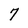
Character: 7